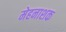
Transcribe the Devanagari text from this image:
मेहनाशक